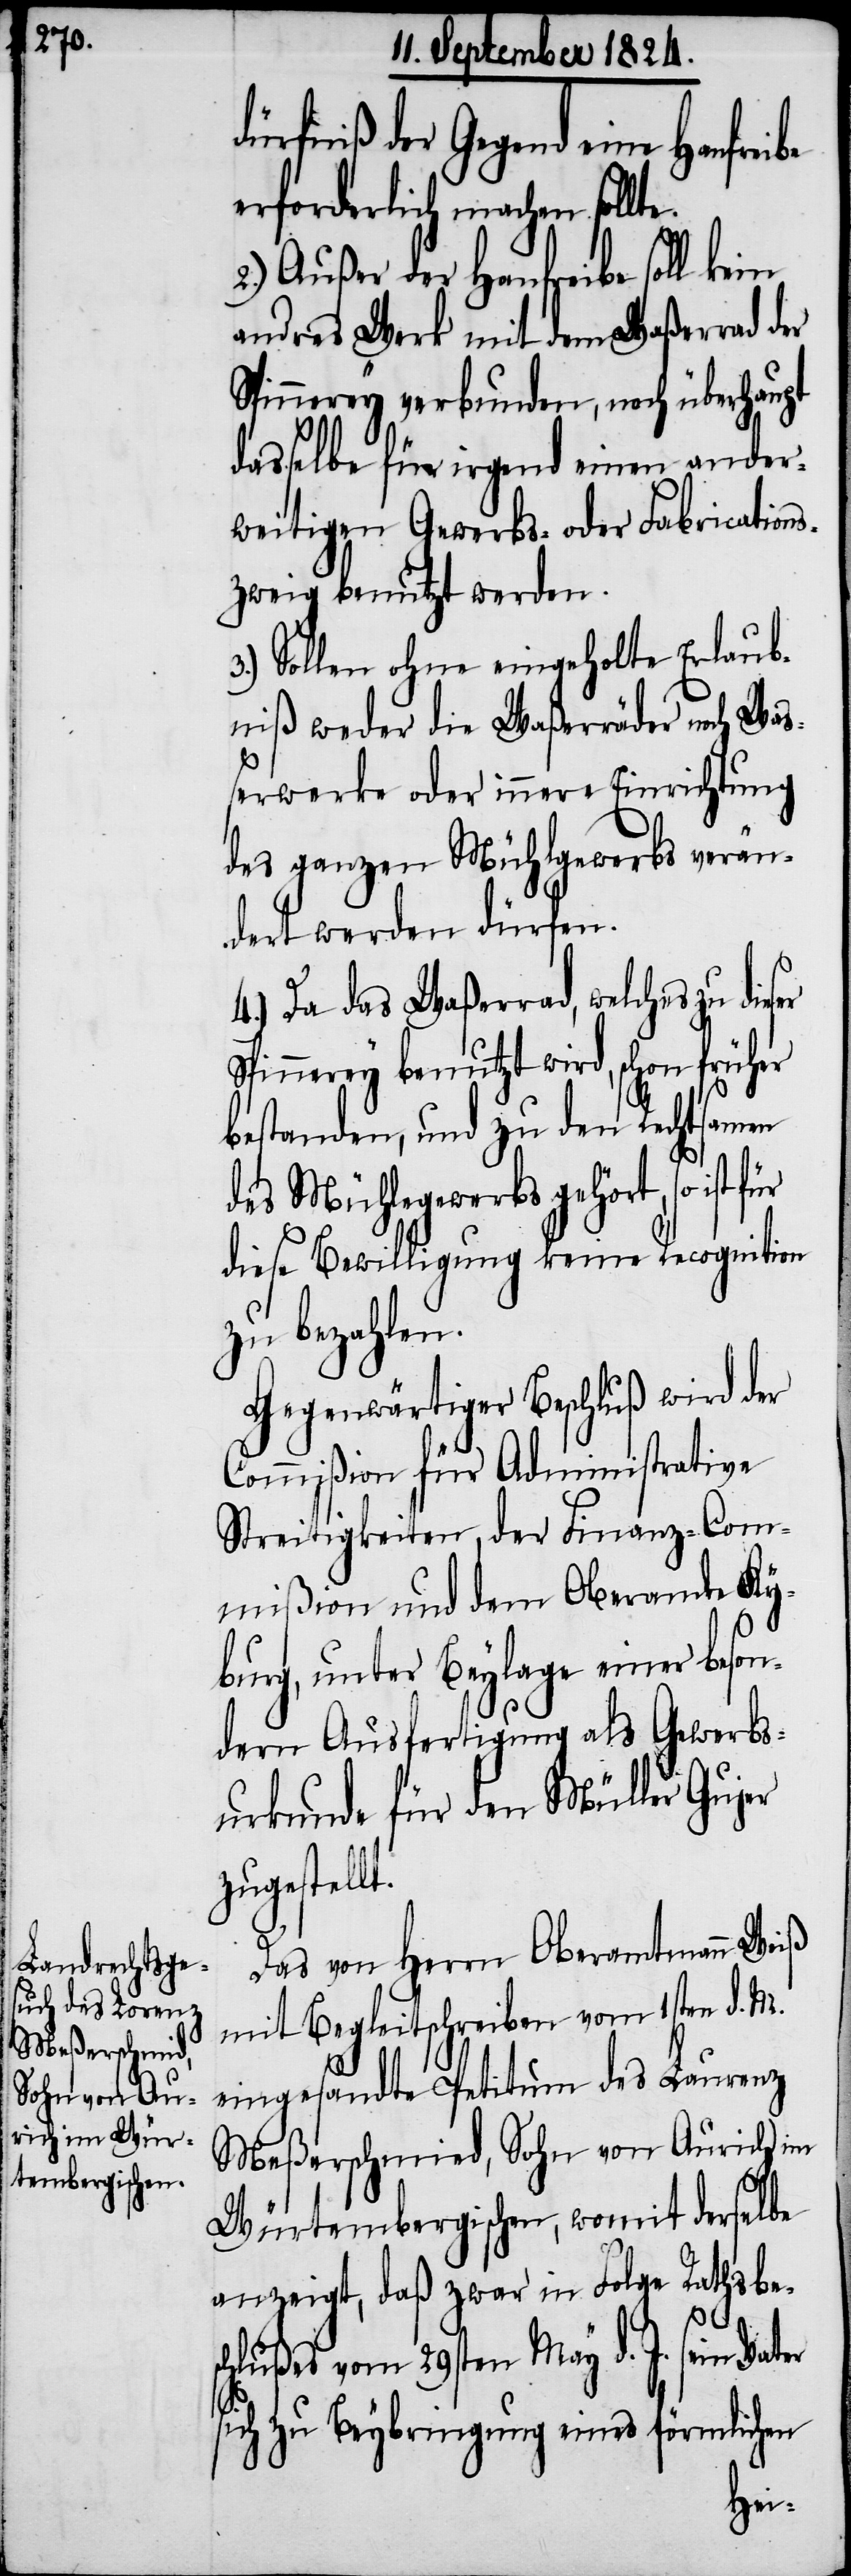
dürfniß der Gegend eine Hanfreibe
erforderlich machen sollte.
2.) Außer der Hanfreibe soll kein
andres Werk mit dem Waßerrad der
Spinnerey verbunden, noch überhaupt
dasselbe für irgend einen ander¬
weitigen Gewerbs- oder Fabrications¬
zweig benutzt werden.
Sollen ohne eingeholte Erlaub¬
niß weder die Waßerräder noch Waß¬
erwerke oder innere Einrichtung
des ganzen Mühlgewerbs verän¬
dert werden dürfen.
4.) Da das Waßerrad, welches zu die¬
nnerey benutzt wird, schon früher
bestanden, und zu den Rechtsamen
des Mühlegewerbs gehört, so ist
diese Bewilligung keine Recognition
zu bezahlen.
Gegenwärtiger Beschluß wird der
Commißion für Administrative
Streitigkeiten, der Finanz-Com¬
mißion und dem Oberamte Ky¬
burg, unter Beylage einer beson¬
dern Ausfertigung als Gewerbs¬
urkunde für den Müller Gujer
zugestell¬
Das von Herrn Oberamtmann Weiß
mit Begleitschreiben vom 1sten d. M.
eingesandte Petitum des Laurenz
Meßerschmid, Sohn von Aurich im
Würtembergischen, womit derselbe
anzeigt, daß zwar in Folge Rathsbe¬
ser
t.
schlußes vom 29sten May d J. sein Vater
sich zu Beybringung eines förmlichen